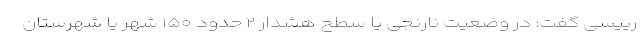
رییسی گفت: در وضعیت نارنجی یا سطح هشدار ۲ حدود ۱۵۰ شهر یا شهرستان